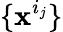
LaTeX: \{ \mathbf{x}^{i_{j}}\}